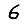
Digit: 6